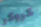
كروكر